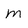
Character: m